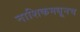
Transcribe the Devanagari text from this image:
नाशिकमधूनच